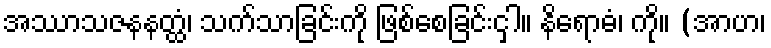
အဿာသဇနနတ္ထံ၊ သက်သာခြင်းကို ဖြစ်စေခြင်းငှါ။ နိရောဓံ၊ ကို။ (အာဟ၊